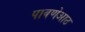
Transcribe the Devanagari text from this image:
पावणेआठ